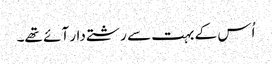
اُس کے بہت سے رشتے دار آئے تھے۔